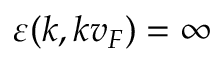
\varepsilon ( k , k v _ { F } ) = \infty